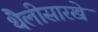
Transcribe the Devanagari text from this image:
थैलीसारखे